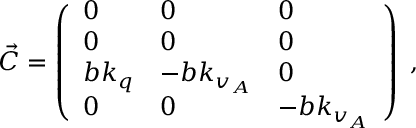
\vec { C } = \left( \begin{array} { l l l } { 0 } & { 0 } & { 0 } \\ { 0 } & { 0 } & { 0 } \\ { b k _ { q } } & { - b k _ { v _ { A } } } & { 0 } \\ { 0 } & { 0 } & { - b k _ { v _ { A } } } \end{array} \right) \; ,